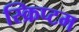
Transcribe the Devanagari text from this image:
स्क्रिप्टम